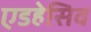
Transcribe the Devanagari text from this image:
एडहेसिव